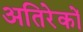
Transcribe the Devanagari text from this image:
अतिरेकों